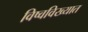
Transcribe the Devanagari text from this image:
विष्वविख्यात